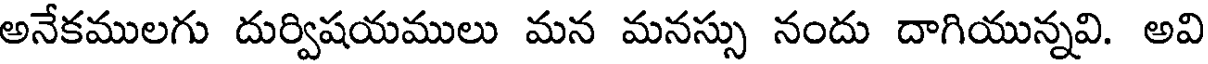
అనేకములగు దుర్విషయములు మన మనస్సు నందు దాగియున్నవి. అవి